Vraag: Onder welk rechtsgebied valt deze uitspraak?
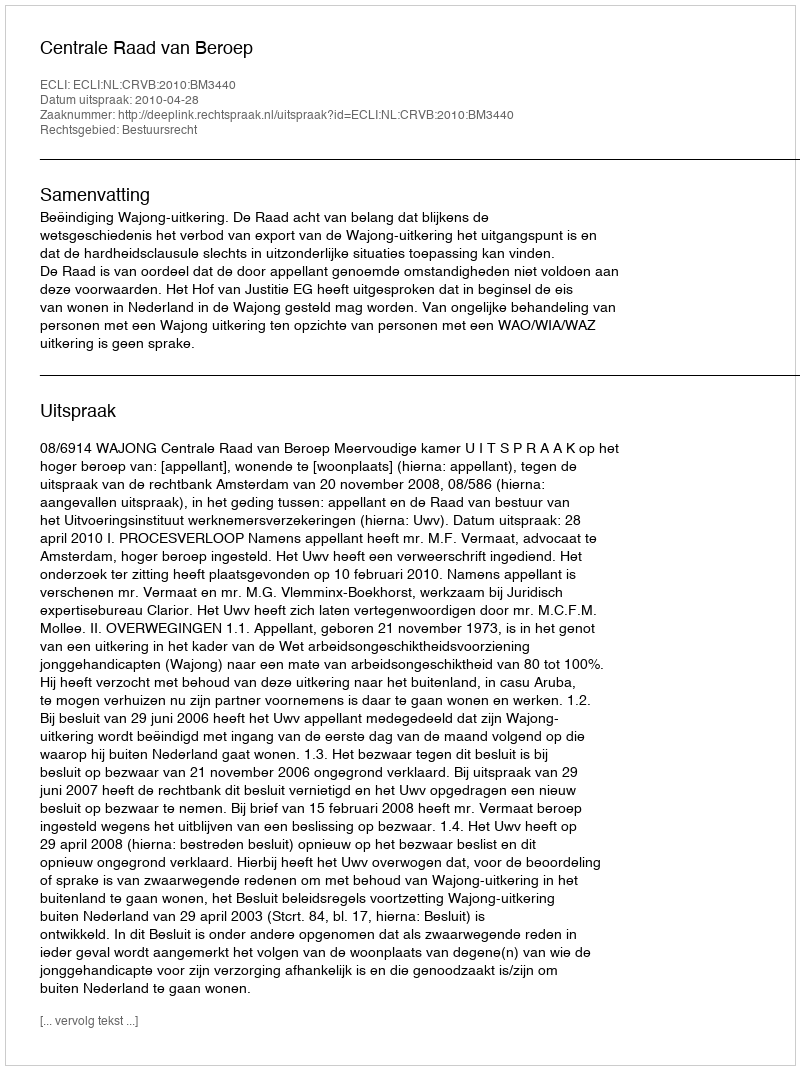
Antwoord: Bestuursrecht